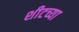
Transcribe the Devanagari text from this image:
शीटच्या